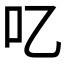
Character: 𠮙